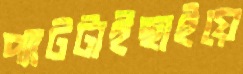
প্যাটটাইছাইয়ে